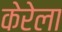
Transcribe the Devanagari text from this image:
केरेला